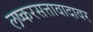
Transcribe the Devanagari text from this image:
लष्करसत्तावादावर